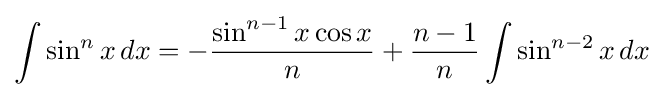
\int \sin ^{n}x\,dx=-{\frac {\sin ^{n-1}{x}\cos {x}}{n}}+{\frac {n-1}{n}}\int \sin ^{n-2}{x}\,dx